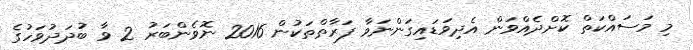
މި މަސައްކަތް ކޮށްދެއްވަން އެދިވަޑައިގަންނަވާ ފަރާތްތަކުން 2016 ނޮވެންބަރު 2 ވާ ބުދަދުވަހުގެ